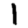
Digit: 1